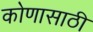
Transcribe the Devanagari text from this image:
कोणासाठी